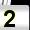
Digit: 2